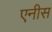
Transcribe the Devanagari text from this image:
एनीस